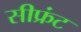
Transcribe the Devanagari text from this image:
सीफ्रंट